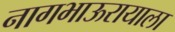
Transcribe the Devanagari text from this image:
नागभाऊरायाला